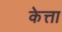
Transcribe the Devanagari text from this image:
केत्ता